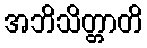
အဘိသိတ္တာတိ